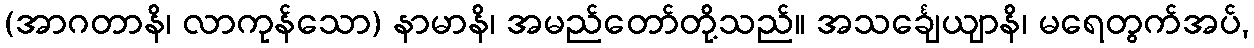
(အာဂတာနိ၊ လာကုန်သော) နာမာနိ၊ အမည်တော်တို့သည်။ အသင်္ချေယျာနိ၊ မရေတွက်အပ်,